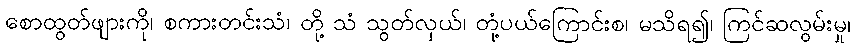
စောထွတ်ဖျားကို၊ စကားတင်းသံ၊ တို့ သံ သွတ်လှယ်၊ တုံ့ပယ်ကြောင်းစ၊ မသိရ၍၊ ကြင်ဆလွမ်းမှု၊